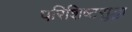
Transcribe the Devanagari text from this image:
परिशिष्टसुद्धा